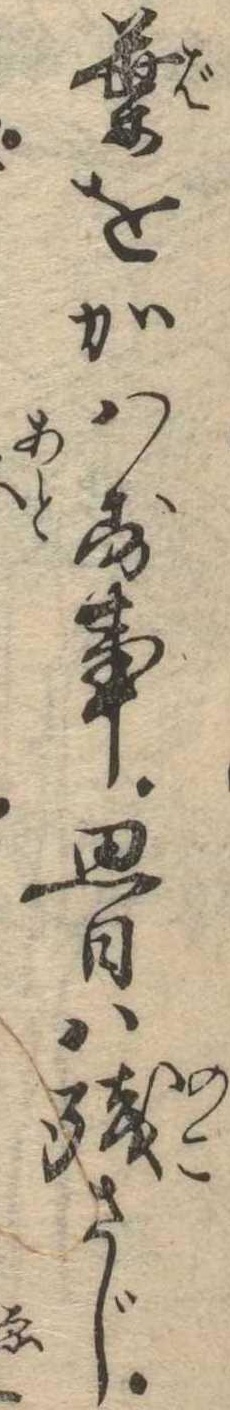
葉をかはす事思日は残さじ